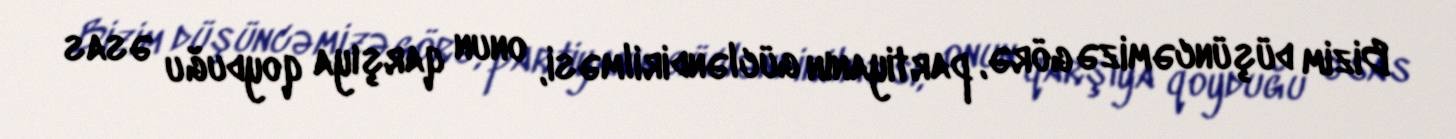
Bizim düşüncəmizə görə, partiyanın gücləndirilməsi, onun qarşıya qoyduğu əsas